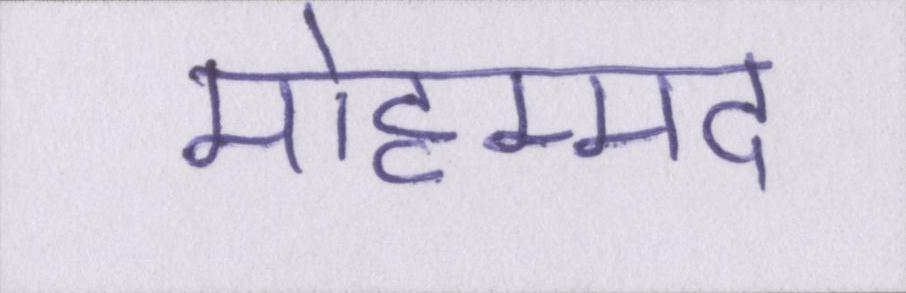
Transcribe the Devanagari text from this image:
मोहम्मद